Annual report of the Imperial Bacteriologist
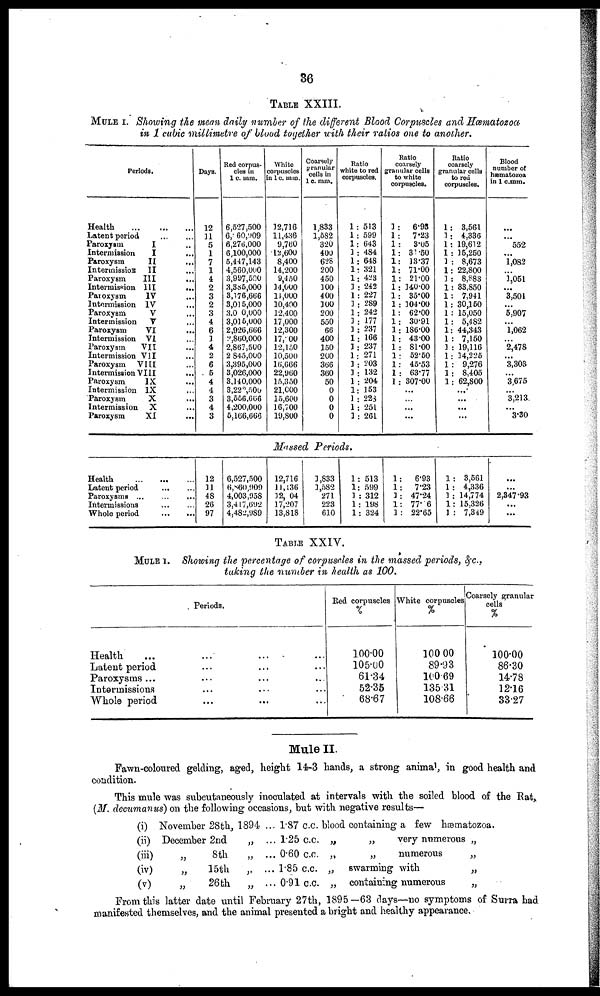
36
TABLE XXIII.
MULE I. Showing the mean daily number of the different Blood Corpuscles and Hæmatozoa
in 1 cubic millimetre of blood together with their ratios one to another.
Periods.
Health
Latent period
Paroxysm
I
Intermission
I
...
Paroxysm
II
...
Intermission
II
Paroxysm
III
Intermission
III
...
Paroxysm
IV
Intermission IV
Paroxysm
V
Intermission
V
...
Paroxysm
VI
...
Intermission VI
Paroxysm
VII
Intermission VII
Paroxysm
VIII
Intermission VIII
...
Paroxysm
IX
Intermission IX
Paroxysm
X
Intermission
X
Paroxysm
XI
Days.
12
11
5
1
7
1
4
2
3
2
3
4
6
1
4
2
6
5
4
4
3
4
3
Red corpus-
cles in
1 c. mm.
6,527,500
6,- 60,909
6,276,000
6,100,000
5,447,143
4,560,000
3,997,500
3,385,000
3,176,666
3,015,000
3,0 0,000
3,015,000
2,926,666
2,860,000
2,867,500
2 ,845,000
3,395,000
3,026,000
3,140,000
3,222,500
3,556,666
4,200,000
5,166,666
White
corpuscles
in 1 c. mm.
12,716
11,436
9,760
12,600
8,400
14,200
9,450
14,000
14,000
10,400
12,400
17,000
12,300
17,00
12,150
10,500
16,666
22,960
15,350
21,000
15,600
16,700
19,800
Coarsely
granular
cells in
1 c. mm.
1,833
1,582
320
400
628
200
450
100
400
100
200
550
66
400
150
200
366
360
50
0
0
0
0
Ratio
white to red
corpuscles.
1:513
1:599
1:643
1:484
1:648
1:321
1 : 423
1 : 242
1:227
1 : 289
1:242
1 : 177
1 :237
1:166
1 : 237
1:271
1 : 203
1 : 132
1 : 204
1: 153
1 : 223
1:251
1:261
Ratio
coarsely
granular cells
to white
corpuscles.
1 :
6.93
1 :
7.23
1 :
3.05
1 : 31.50
1: 13.37
1: 71.00
1: 21.00
1: 140.00
1: 35.00
1 : 104.00
1: 62.00
1: 30.91
1: 186.00
1: 43.00
1: 81.00
1 : 52.50
1: 45.53
1 : 63.77
1: 307.00
...
...
...
...
Ratio
coarsely
granular cells
to red
corpuscles.
1: 3,561
3 : 4,336
1: 19,612
1 . 15,250
3 : 8,673
1: 22,800
3 : 8,883
1: 33,850
1: 7,941
1: 30,150
1 : 15,050
1: 5,482
1: 44,343
1 : 7,150
3 : 19,116
1: 14,225
1 : 9,276
1: 8,405
1: 62,800
...
...
...
...
Blood
number of
hæmatozoa
in 1 c.mm.
...
...
552
...
1,082
...
1,051
...
3,501
...
5,907
...
1,062
...
2,478
...
3,303
...
3,675
...
3,213.
...
3.30
Massed Periods.
Health
Latent period
Paroxysms
...
Intermissions
Whole period
12
11
48
26
97
6,527,500
6,860,909
4,003,958
3,417,692
4,482,989
12,716
11,136
12, 04
17,207
13,818
1,833
1,582
271
223
610
1: 513
1: 599
1 : 312
1: 198
1: 324
1:6.93
1:7.23
1:47.24
1:77.6
1:22.65
1: 3,561
1 : 4,336
1 : 14,774
1: 15,326
1 : 7,349
...
...
2,347.93
...
...
TABLE XXIV.
MULE I. Showing the percentage of corpuscles in the massed periods, &c.,
taking the number in health as 100.
Periods.
Health
Latent period
Paroxysms...
Intermissions
Whole period
Red corpuscles
%
100.00
105.00
61.34
52.35
68.67
White corpuscles
%
100 00
89.93
100.69
135.31
108.66
Coarsely granular
cells
%
100.00
86.30
14.78
12.16
33.27
Mule II.
Fawn-coloured gelding, aged, height 14-3 hands, a strong animal, in good health and
condition.
This mule was subcutaneously inoculated at intervals with the soiled blood of the Rat,
(M. decumanus) on the following occasions, but with negative results—
(i)
(ii)
(iii)
(iv)
(v)
November 28th,
December 2nd
„
8th
„
15th
26th
1894 .
„
„ .
„
„
.. 1.87 c.c.
.. 1.25 c.c.
.. 0.60 c.c.
.. 1.85 c.c.
.. 0.91 c.c.
blood containing a few hæmatozoa.
„
„
„
„
„ very numerous „
„
numerous
„
swarming with
„
containing numerous
„
From this latter date until February 27th, 1895—63 days—no symptoms of Surra had
manifested themselves, and the animal presented a bright and healthy appearance.